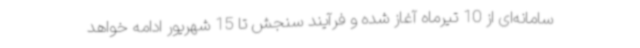
سامانه‌ای از 10 تیرماه آغاز شده و فرآیند سنجش تا 15 شهریور ادامه خواهد